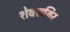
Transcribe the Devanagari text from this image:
शेक्सयिर